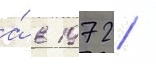
а́ в 1972